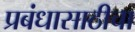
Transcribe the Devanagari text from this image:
प्रबंधासाठीचा